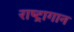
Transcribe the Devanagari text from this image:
राष्ट्रागान